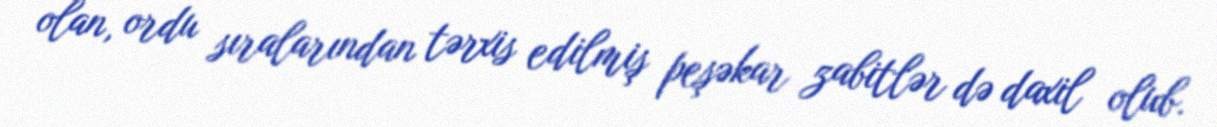
olan, ordu sıralarından tərxis edilmiş peşəkar zabitlər də daxil olub.